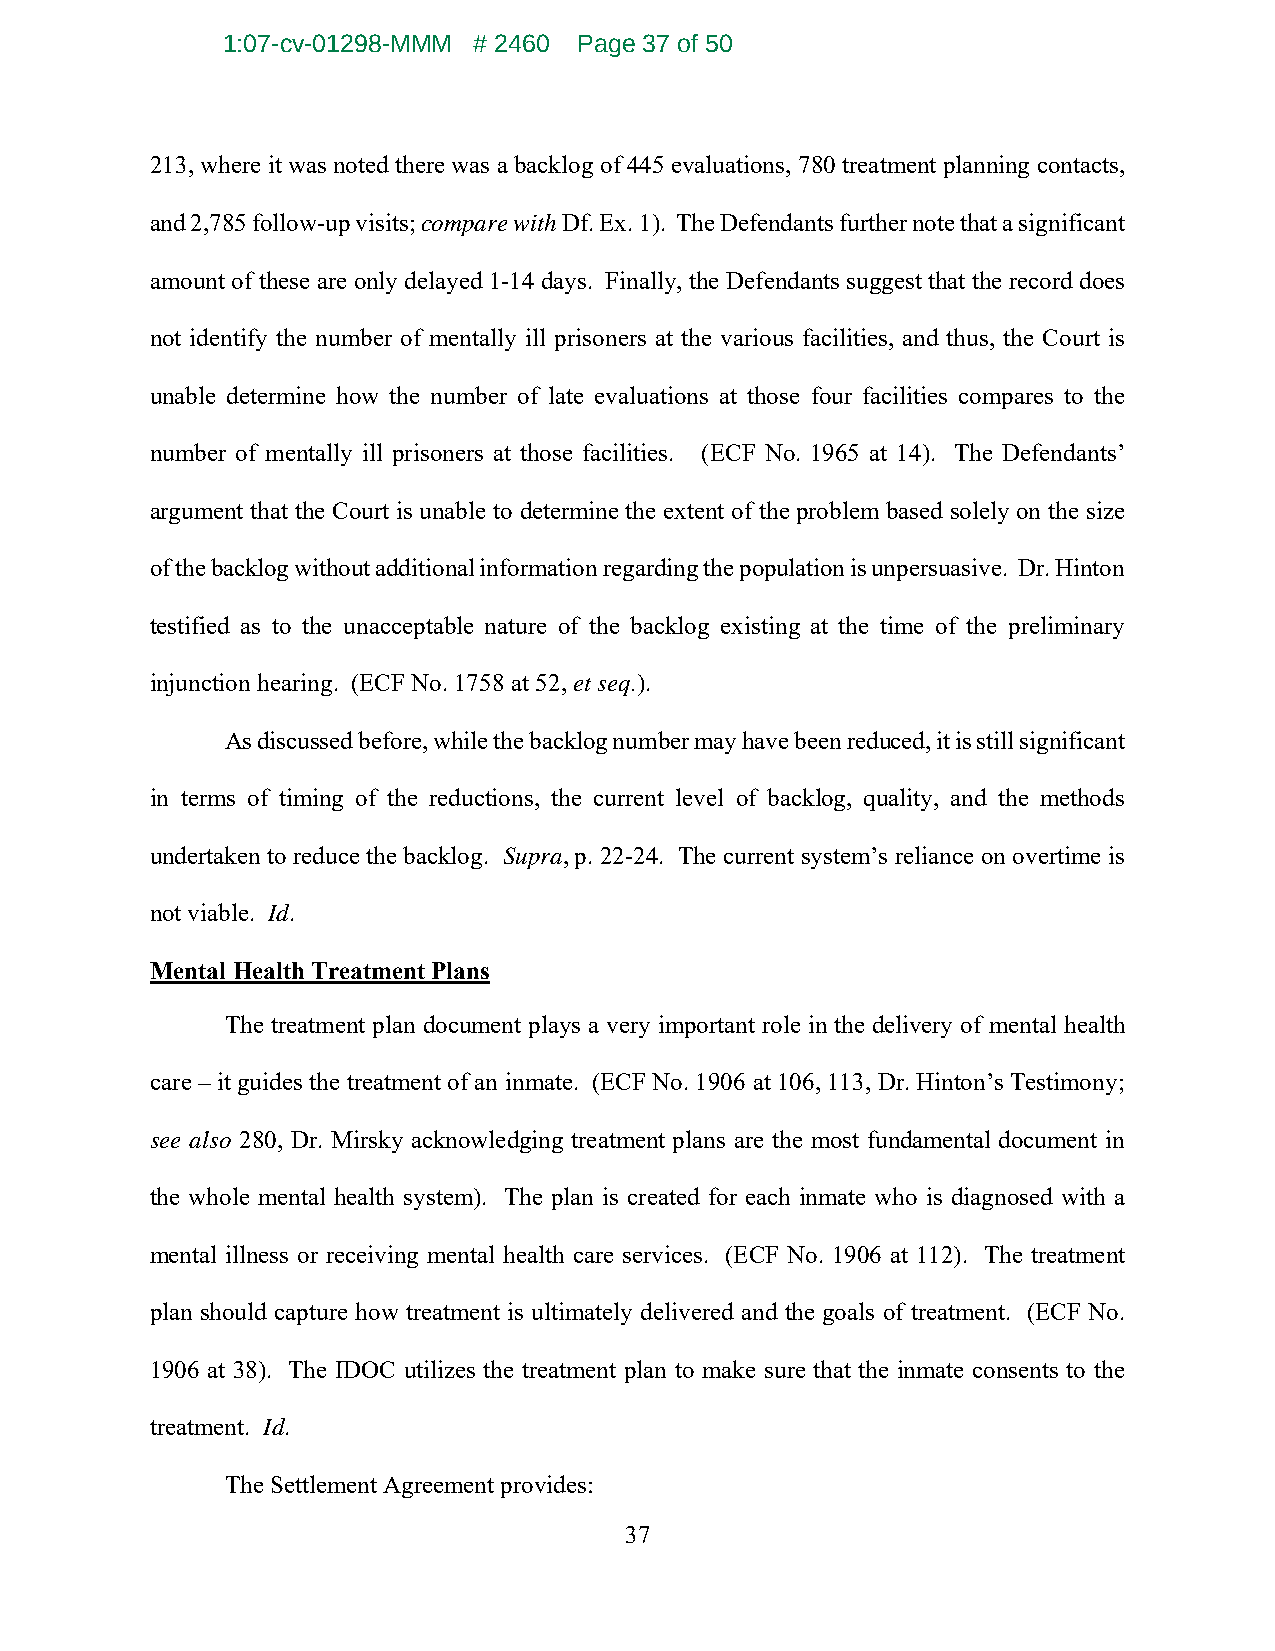
1:07-cv-01298-MMM # 2460 Page 37 of 50
 213, where it was noted there was a backlog of 445 evaluations, 780 treatment planning contacts,
 and 2,785 follow-up visits; compare with Df. Ex. 1). The Defendants further note that a significant
 amount of these are only delayed 1-14 days. Finally, the Defendants suggest that the record does
 not identify the number of mentally ill prisoners at the various facilities, and thus, the Court is
 unable determine how the number of late evaluations at those four facilities compares to the
 number of mentally ill prisoners at those facilities. (ECF No. 1965 at 14). The Defendants’
 argument that the Court is unable to determine the extent of the problem based solely on the size
 of the backlog without additional information regarding the population is unpersuasive. Dr. Hinton
 testified as to the unacceptable nature of the backlog existing at the time of the preliminary
 injunction hearing. (ECF No. 1758 at 52, et seq.).
 As discussed before, while the backlog number may have been reduced, it is still significant
 in terms of timing of the reductions, the current level of backlog, quality, and the methods
 undertaken to reduce the backlog. Supra, p. 22-24. The current system’s reliance on overtime is
 not viable. Id.
 Mental Health Treatment Plans
 The treatment plan document plays a very important role in the delivery of mental health
 care – it guides the treatment of an inmate. (ECF No. 1906 at 106, 113, Dr. Hinton’s Testimony;
 see also 280, Dr. Mirsky acknowledging treatment plans are the most fundamental document in
 the whole mental health system). The plan is created for each inmate who is diagnosed with a
 mental illness or receiving mental health care services. (ECF No. 1906 at 112). The treatment
 plan should capture how treatment is ultimately delivered and the goals of treatment. (ECF No.
 1906 at 38). The IDOC utilizes the treatment plan to make sure that the inmate consents to the
 treatment. Id.
 The Settlement Agreement provides:
 37